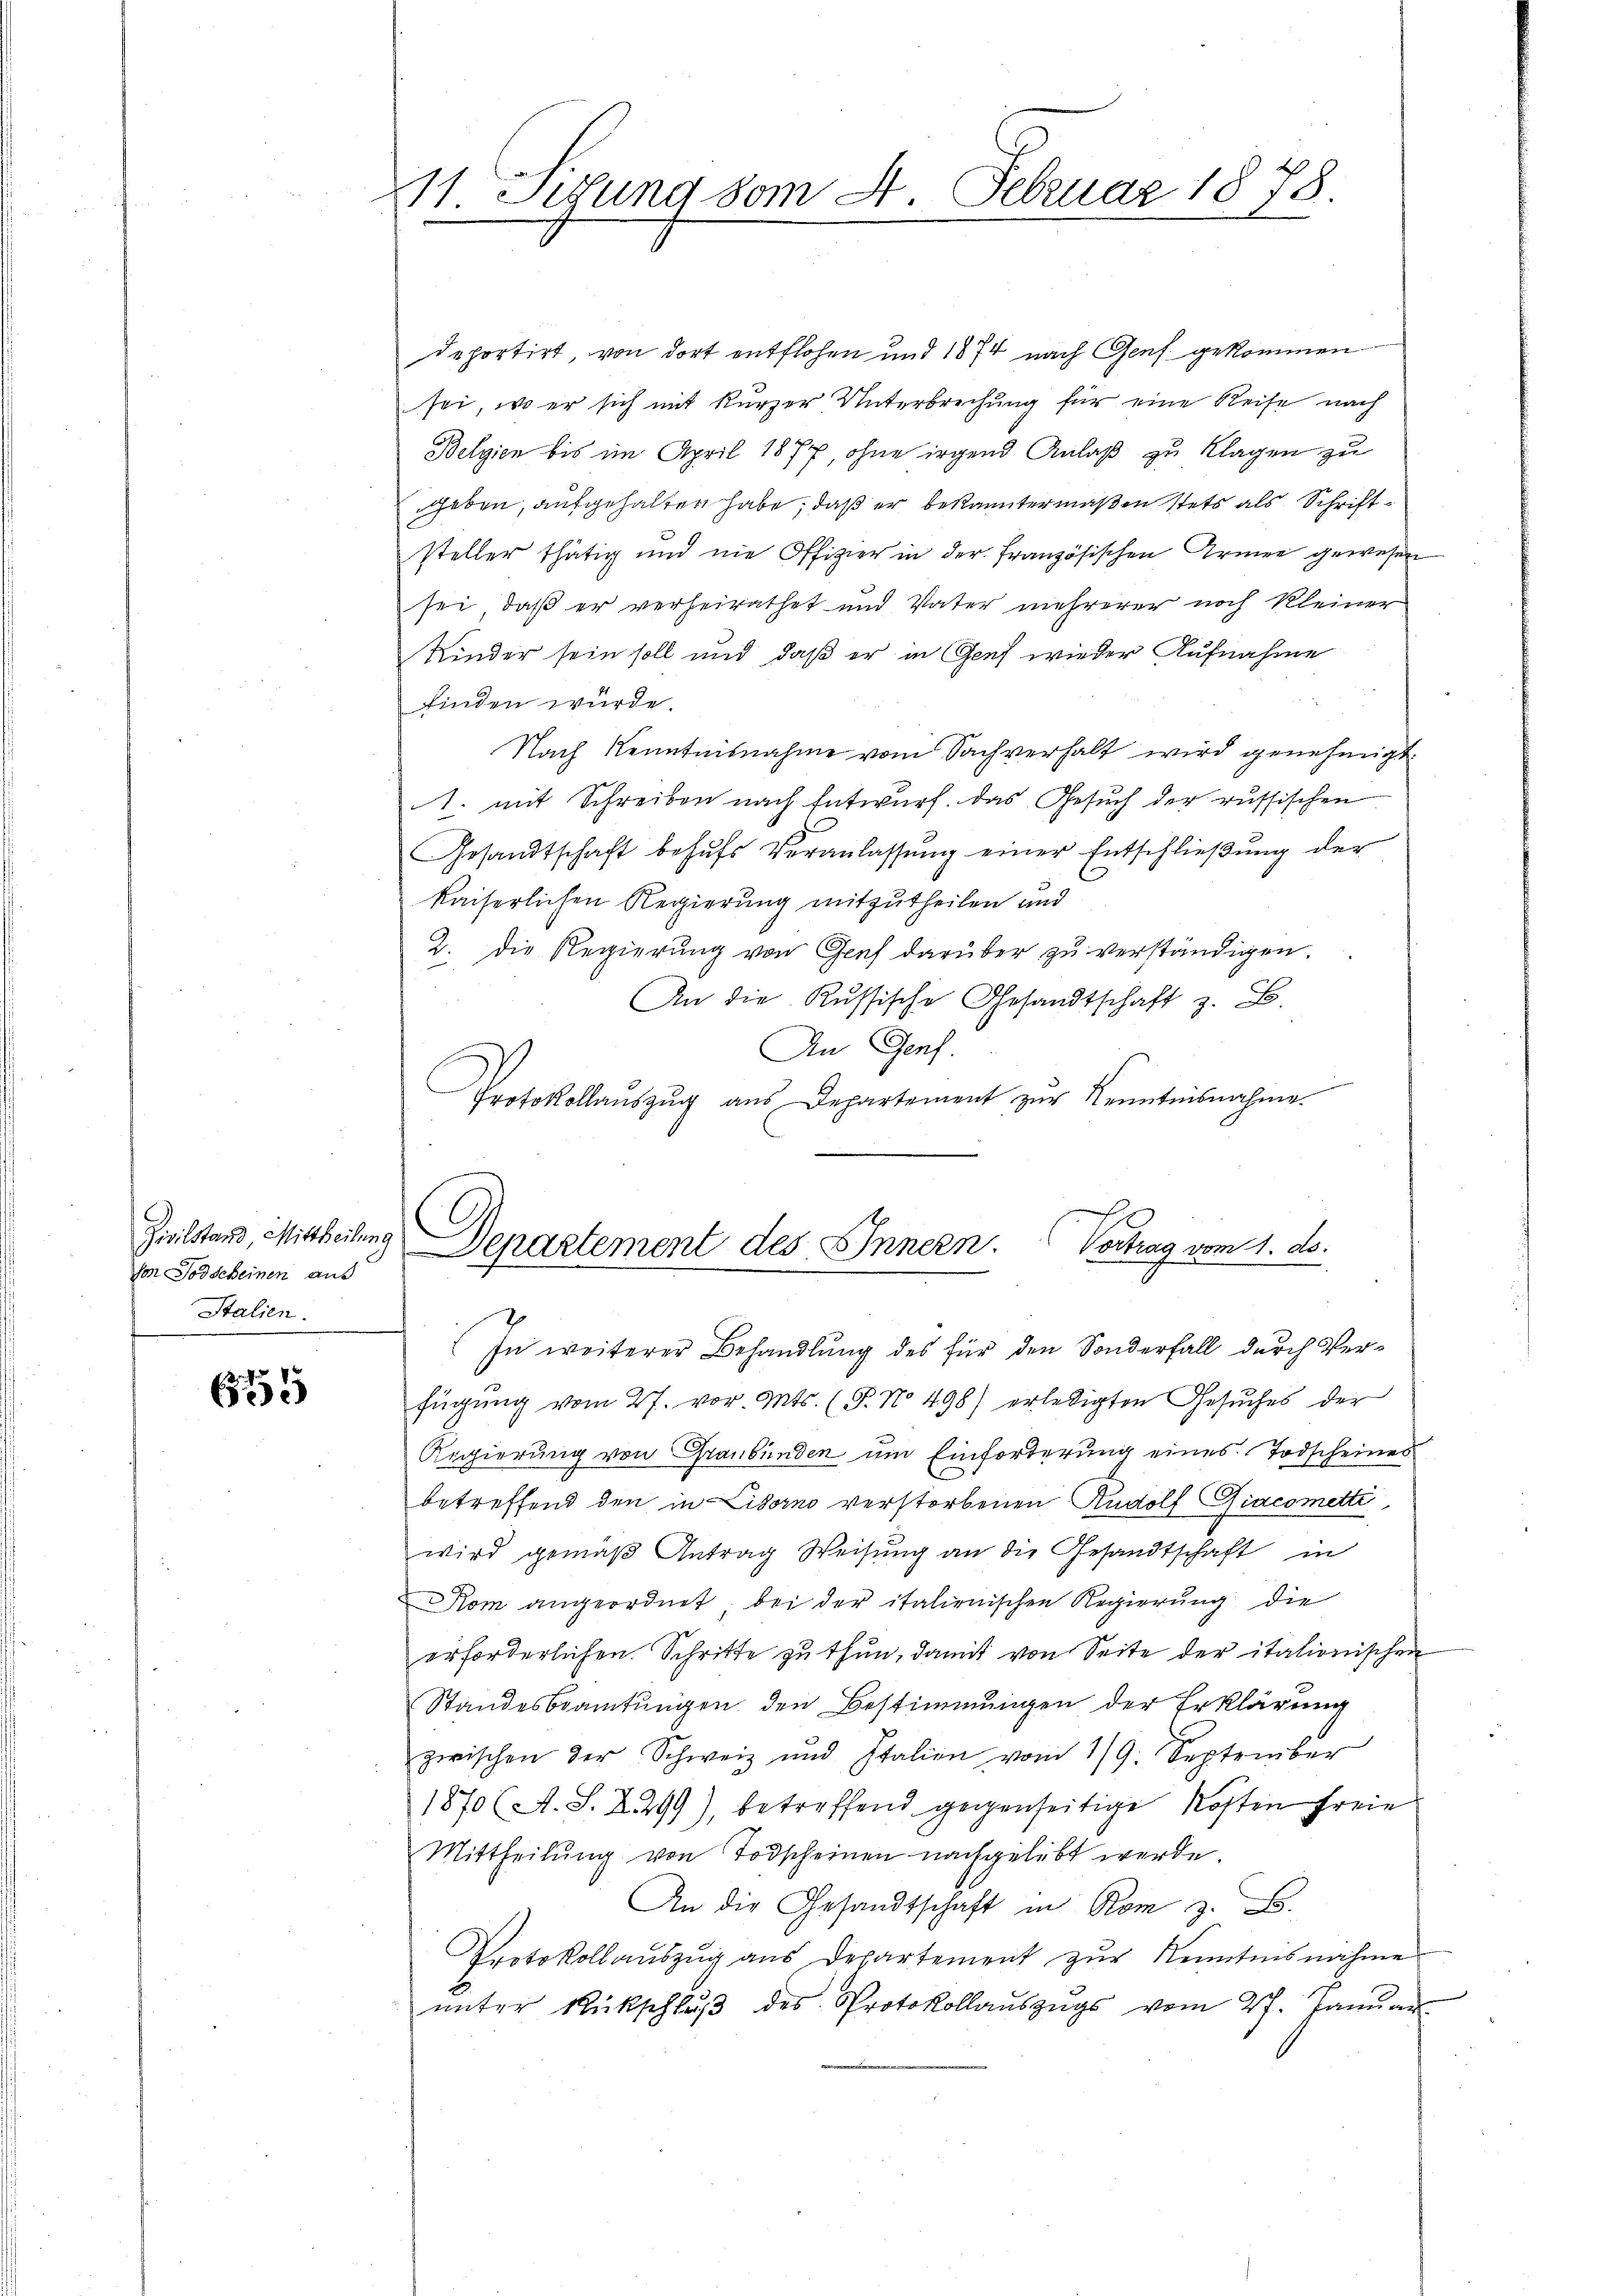
Zivilstand Mittheilen.
von Todscheinen aus
Stalien.

e
62

11 Sizung vom 4. Februar 1878.

deportirt von dort entflohen und 1874 nach Genf gekommen
sei, wo er sich mit kurzer Unterbrechung für eine Reise nach
Belgien bis im April 1877, ohne irgend Anlaß zu Klagen zu
geben, aufgehalten habe, daß er bekanntermaßen stets als Schriftsteller thätig und nie Offizier in der französischen Armee gewesen
sei, daß er verheirathet und Vater mehrerer noch Kleiner
Kinder sein soll und daß er in Genf wieder Aufnahme
finden würde
Nach Kenntnisnahme vom Sachverhalt wird genehmigt.
1. mit Schreiben nach Entwurf. Das Gesuch der russischen
Gesandtschaft behŭfs Veranlassŭng einer Entschlieβŭng der
kaiserlichen Regierung mitzutheilen und
2. Die Regierung von Graf darüber zu verständigen.
An die Russische Gesandtschaft z. B.
An Genf.
eichen
Protokollaŭszŭg aŭs Departement zur Kenntnisnahme.

In weiterer Behandlung des für den Sonderfall durch Verfügung vom 27. vor. Mts. (T. No. 498) erledigten Gesuches der
Regierung von Graubünden um Einforderung eines Todscheines
betreffend den in Livorno verstorbenen Rudolf Giacometti,
wird gemäß Antrag Weisung an die Gesandtschaft in
Kom angeordnet, bei der italienischen Regierung die
erforderlichen Schritte zu thun, damit von Seite der italionischen
Standesbeamtungen den Bestimmungen der Erklärung
zwischen der Schweiz und Italien vom 19. September
1870 (A. S. 2299), betreffend gegenseitige Kosten freie
Mittheilŭng von Todscheinen nachgelebt werde.
An die Gesandtschaft in Rom z. B.
Protokollauszug aus Departement zŭr Kenntnisnahme
unter Rückschluß des Protokollauszugs vom 27. Januar

Denastement des Innern. Vortrag vom 1. ds.